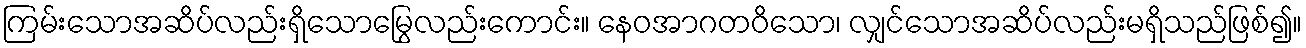
ကြမ်းသောအဆိပ်လည်းရှိသောမြွေလည်းကောင်း။ နေဝအာဂတဝိသော၊ လျှင်သောအဆိပ်လည်းမရှိသည်ဖြစ်၍။